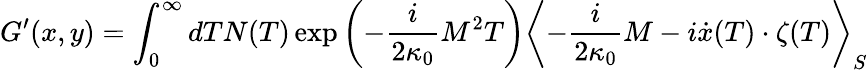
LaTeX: G^{\prime}(x,y)=\int_{0}^{\infty}dTN(T)\exp\left(-\frac{i}{2\kappa_{0}}M^{2}T\right)\left<-\frac{i}{2\kappa_{0}}M-i\dot{x}(T)\cdot\zeta(T)\right>_{S}